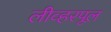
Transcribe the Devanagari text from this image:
लीव्हरपूल